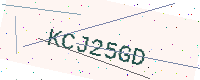
Text: KCJ25GD